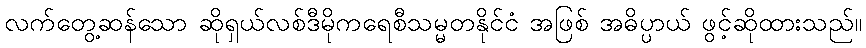
လက်တွေ့ဆန်သော ဆိုရှယ်လစ်ဒီမိုကရေစီသမ္မတနိုင်ငံ အဖြစ် အဓိပ္ပာယ် ဖွင့်ဆိုထားသည်။